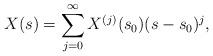
LaTeX: \begin{align*}X(s)=\sum\limits_{j=0}^{\infty} X^{(j)}(s_{0})(s-s_{0})^{j},\end{align*}